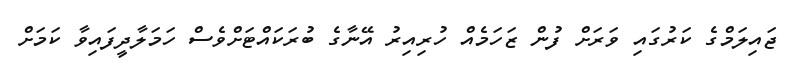
ޖައިލަމްގެ ކަރުގައި ވަރަށް ފުން ޒަހަމެއް ހުރިއިރު އޭނާގެ ބުރަކައްޓަށްވެސް ހަމަލާދީފައިވާ ކަމަށް